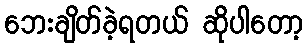
ဘေးချိတ်ခဲ့ရတယ် ဆိုပါတော့